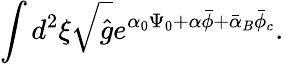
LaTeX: \int{d^{2}}\xi\sqrt{\hat{g}}{e^{{\alpha_{0}}{\Psi_{0}}+\alpha\bar{\phi}+{\bar{\alpha}_{B}}{\bar{\phi}_{c}}}}.